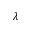
\lambda